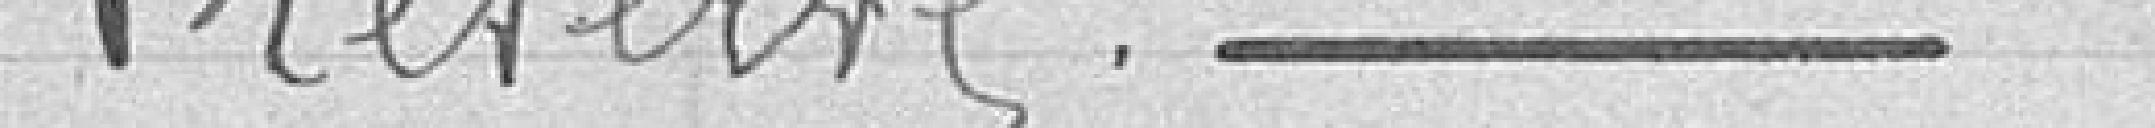
Préserve -------